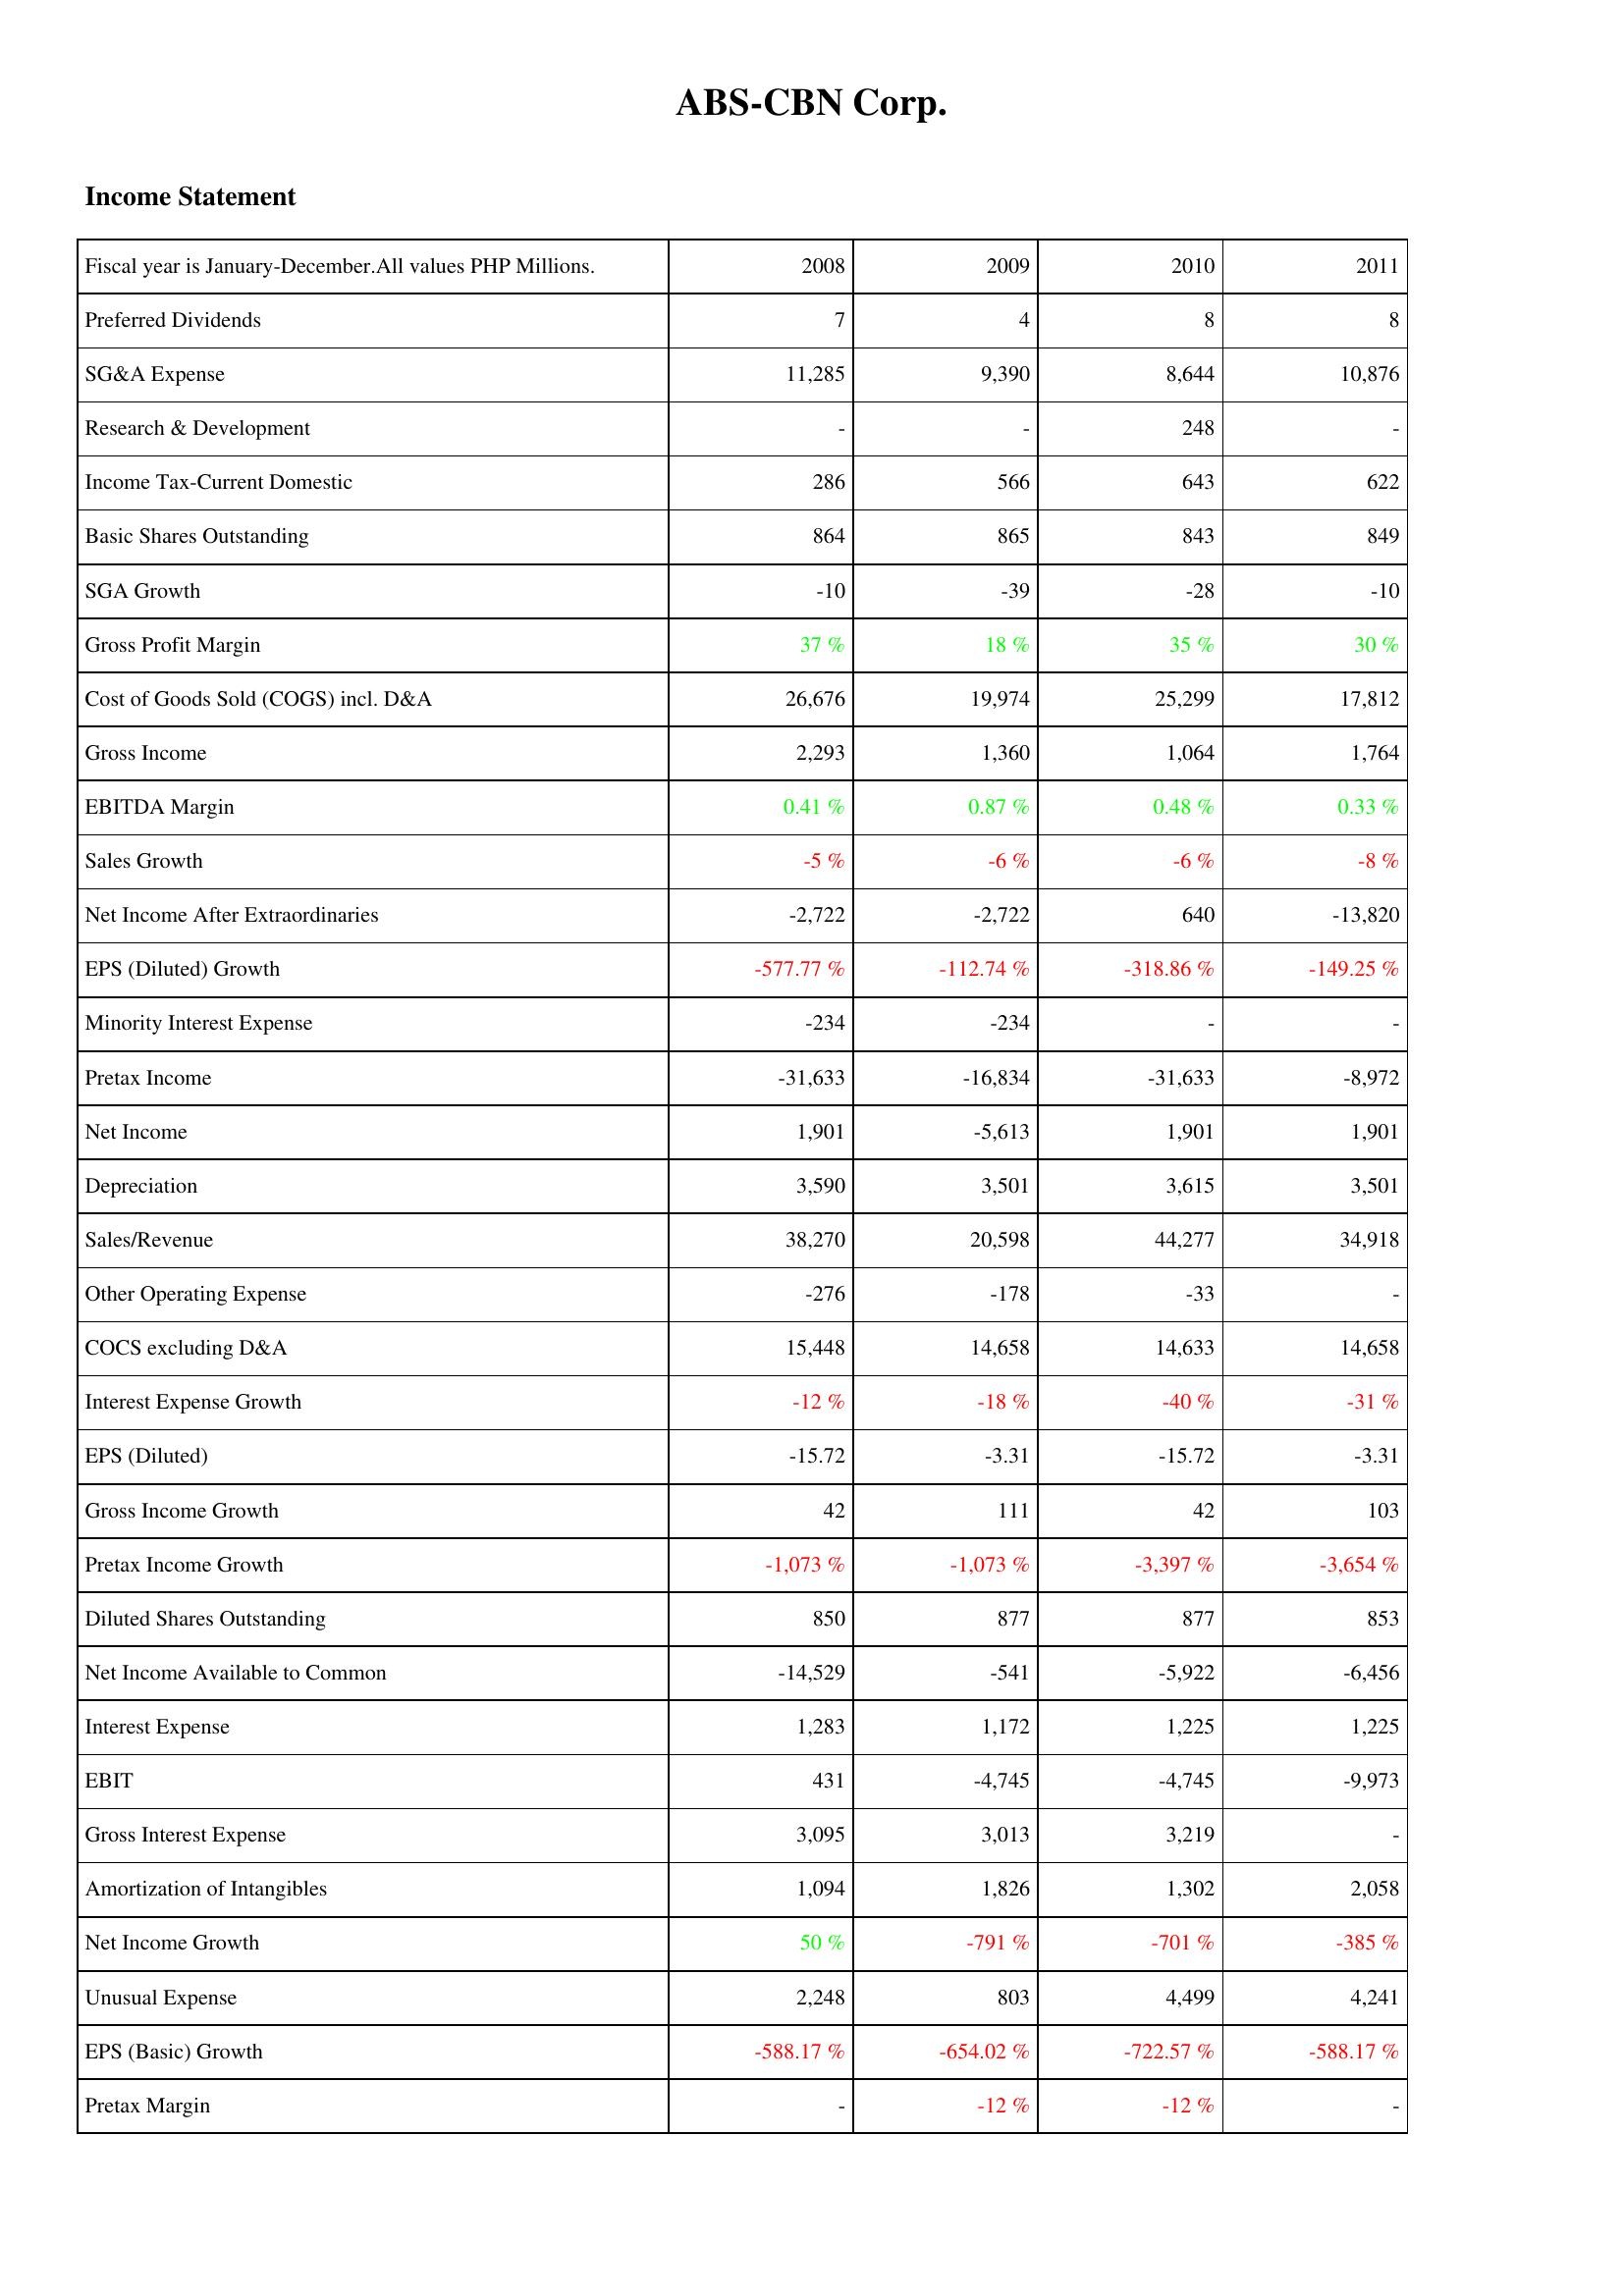
2008: Income Statement: Preferred Dividends: 7
SG&A Expense: 11,285
Research & Development: -
Income Tax-Current Domestic: 286
Basic Shares Outstanding: 864
SGA Growth: -10
Gross Profit Margin: 37 %
Cost of Goods Sold (COGS) incl. D&A: 26,676
Gross Income: 2,293
EBITDA Margin: 0.41 %
Sales Growth: -5 %
Net Income After Extraordinaries: -2,722
EPS (Diluted) Growth: -577.77 %
Minority Interest Expense: -234
Pretax Income: -31,633
Net Income: 1,901
Depreciation: 3,590
Sales/Revenue: 38,270
Other Operating Expense: -276
COCS excluding D&A: 15,448
Interest Expense Growth: -12 %
EPS (Diluted): -15.72
Gross Income Growth: 42
Pretax Income Growth: -1,073 %
Diluted Shares Outstanding: 850
Net Income Available to Common: -14,529
Interest Expense: 1,283
EBIT: 431
Gross Interest Expense: 3,095
Amortization of Intangibles: 1,094
Net Income Growth: 50 %
Unusual Expense: 2,248
EPS (Basic) Growth: -588.17 %
Pretax Margin: -
2009: Income Statement: Preferred Dividends: 4
SG&A Expense: 9,390
Research & Development: -
Income Tax-Current Domestic: 566
Basic Shares Outstanding: 865
SGA Growth: -39
Gross Profit Margin: 18 %
Cost of Goods Sold (COGS) incl. D&A: 19,974
Gross Income: 1,360
EBITDA Margin: 0.87 %
Sales Growth: -6 %
Net Income After Extraordinaries: -2,722
EPS (Diluted) Growth: -112.74 %
Minority Interest Expense: -234
Pretax Income: -16,834
Net Income: -5,613
Depreciation: 3,501
Sales/Revenue: 20,598
Other Operating Expense: -178
COCS excluding D&A: 14,658
Interest Expense Growth: -18 %
EPS (Diluted): -3.31
Gross Income Growth: 111
Pretax Income Growth: -1,073 %
Diluted Shares Outstanding: 877
Net Income Available to Common: -541
Interest Expense: 1,172
EBIT: -4,745
Gross Interest Expense: 3,013
Amortization of Intangibles: 1,826
Net Income Growth: -791 %
Unusual Expense: 803
EPS (Basic) Growth: -654.02 %
Pretax Margin: -12 %
2010: Income Statement: Preferred Dividends: 8
SG&A Expense: 8,644
Research & Development: 248
Income Tax-Current Domestic: 643
Basic Shares Outstanding: 843
SGA Growth: -28
Gross Profit Margin: 35 %
Cost of Goods Sold (COGS) incl. D&A: 25,299
Gross Income: 1,064
EBITDA Margin: 0.48 %
Sales Growth: -6 %
Net Income After Extraordinaries: 640
EPS (Diluted) Growth: -318.86 %
Minority Interest Expense: -
Pretax Income: -31,633
Net Income: 1,901
Depreciation: 3,615
Sales/Revenue: 44,277
Other Operating Expense: -33
COCS excluding D&A: 14,633
Interest Expense Growth: -40 %
EPS (Diluted): -15.72
Gross Income Growth: 42
Pretax Income Growth: -3,397 %
Diluted Shares Outstanding: 877
Net Income Available to Common: -5,922
Interest Expense: 1,225
EBIT: -4,745
Gross Interest Expense: 3,219
Amortization of Intangibles: 1,302
Net Income Growth: -701 %
Unusual Expense: 4,499
EPS (Basic) Growth: -722.57 %
Pretax Margin: -12 %
2011: Income Statement: Preferred Dividends: 8
SG&A Expense: 10,876
Research & Development: -
Income Tax-Current Domestic: 622
Basic Shares Outstanding: 849
SGA Growth: -10
Gross Profit Margin: 30 %
Cost of Goods Sold (COGS) incl. D&A: 17,812
Gross Income: 1,764
EBITDA Margin: 0.33 %
Sales Growth: -8 %
Net Income After Extraordinaries: -13,820
EPS (Diluted) Growth: -149.25 %
Minority Interest Expense: -
Pretax Income: -8,972
Net Income: 1,901
Depreciation: 3,501
Sales/Revenue: 34,918
Other Operating Expense: -
COCS excluding D&A: 14,658
Interest Expense Growth: -31 %
EPS (Diluted): -3.31
Gross Income Growth: 103
Pretax Income Growth: -3,654 %
Diluted Shares Outstanding: 853
Net Income Available to Common: -6,456
Interest Expense: 1,225
EBIT: -9,973
Gross Interest Expense: -
Amortization of Intangibles: 2,058
Net Income Growth: -385 %
Unusual Expense: 4,241
EPS (Basic) Growth: -588.17 %
Pretax Margin: -